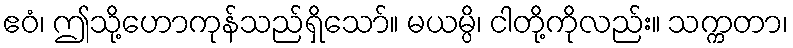
ဧဝံ၊ ဤသို့ဟောကုန်သည်ရှိသော်။ မယမ္ပိ၊ ငါတို့ကိုလည်း။ သက္ကတာ၊